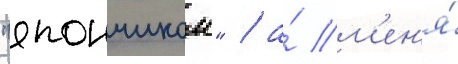
"япончиком" / а́ м'ен'я́